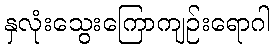
နှလုံးသွေးကြောကျဉ်းရောဂါ